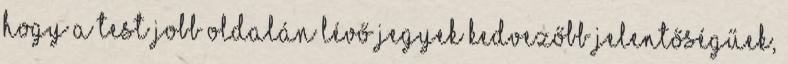
hogy a test jobb oldalán lévő jegyek kedvezőbb jelentőségűek,